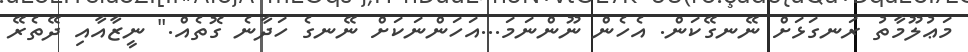
މަޢުލޫމާތު ރަނގަޅަށް ނޭނގޭކަން. އެހެން ނޫންނަމަ...އަހަންނަކަށް ނޭނގެ ހަދާނެ ގޮތެއް." ނީޒާއާއި ދޭތެރޭ